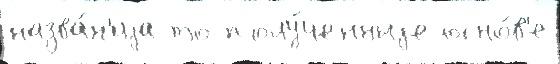
назва́н'иjа то полу́ченныjе осно́в'е